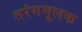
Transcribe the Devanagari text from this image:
तरंगमूलक